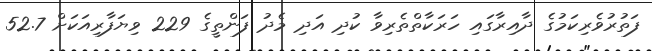
ފަތުރުވެރިކަމުގެ ދާއިރާގައި ހަރަކާތްތެރިވާ ކުދި އަދި މެދު ފަންތީގެ 229 ވިޔަފާރިއަކަށް 52.7